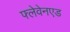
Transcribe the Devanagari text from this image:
फ्लेवेनएड